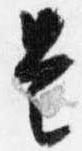
是